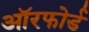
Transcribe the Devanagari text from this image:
ऑरफोर्ड